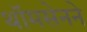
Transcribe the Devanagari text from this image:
थॉमसेनने